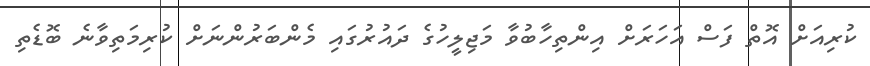
ކުރިއަށް އޮތް ފަސް އަހަރަށް އިންތިހާބުވާ މަޖިލީހުގެ ދައުރުގައި މެންބަރުންނަށް ކުރިމަތިވާނެ ބޮޑެތި